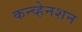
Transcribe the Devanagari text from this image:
कन्व्हेनशन